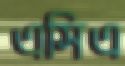
এসিএ